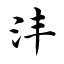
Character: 沣